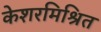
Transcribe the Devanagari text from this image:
केशरमिश्रित